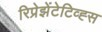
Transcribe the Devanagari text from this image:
रिप्रेझेंटेटिव्ह्स